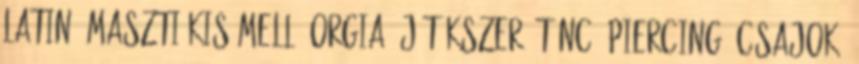
latin, maszti kis mell, orgia, játékszer, tánc, piercing, csajok,